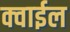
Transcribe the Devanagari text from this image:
क्वाईल